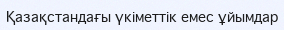
Қазақстандағы үкіметтік емес ұйымдар